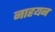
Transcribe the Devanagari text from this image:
नाहयन